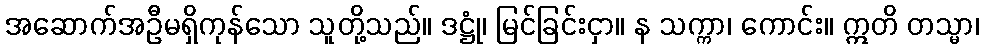
အဆောက်အဦမရှိကုန်သော သူတို့သည်။ ဒဋ္ဌုံ၊ မြင်ခြင်းငှာ။ န သက္ကာ၊ ကောင်း။ ဣတိ တသ္မာ၊